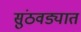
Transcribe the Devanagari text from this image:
सुंठवड्यात